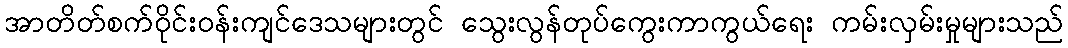
အာတိတ်စက်ဝိုင်းဝန်းကျင်ဒေသများတွင် သွေးလွန်တုပ်ကွေးကာကွယ်ရေး ကမ်းလှမ်းမှုများသည်